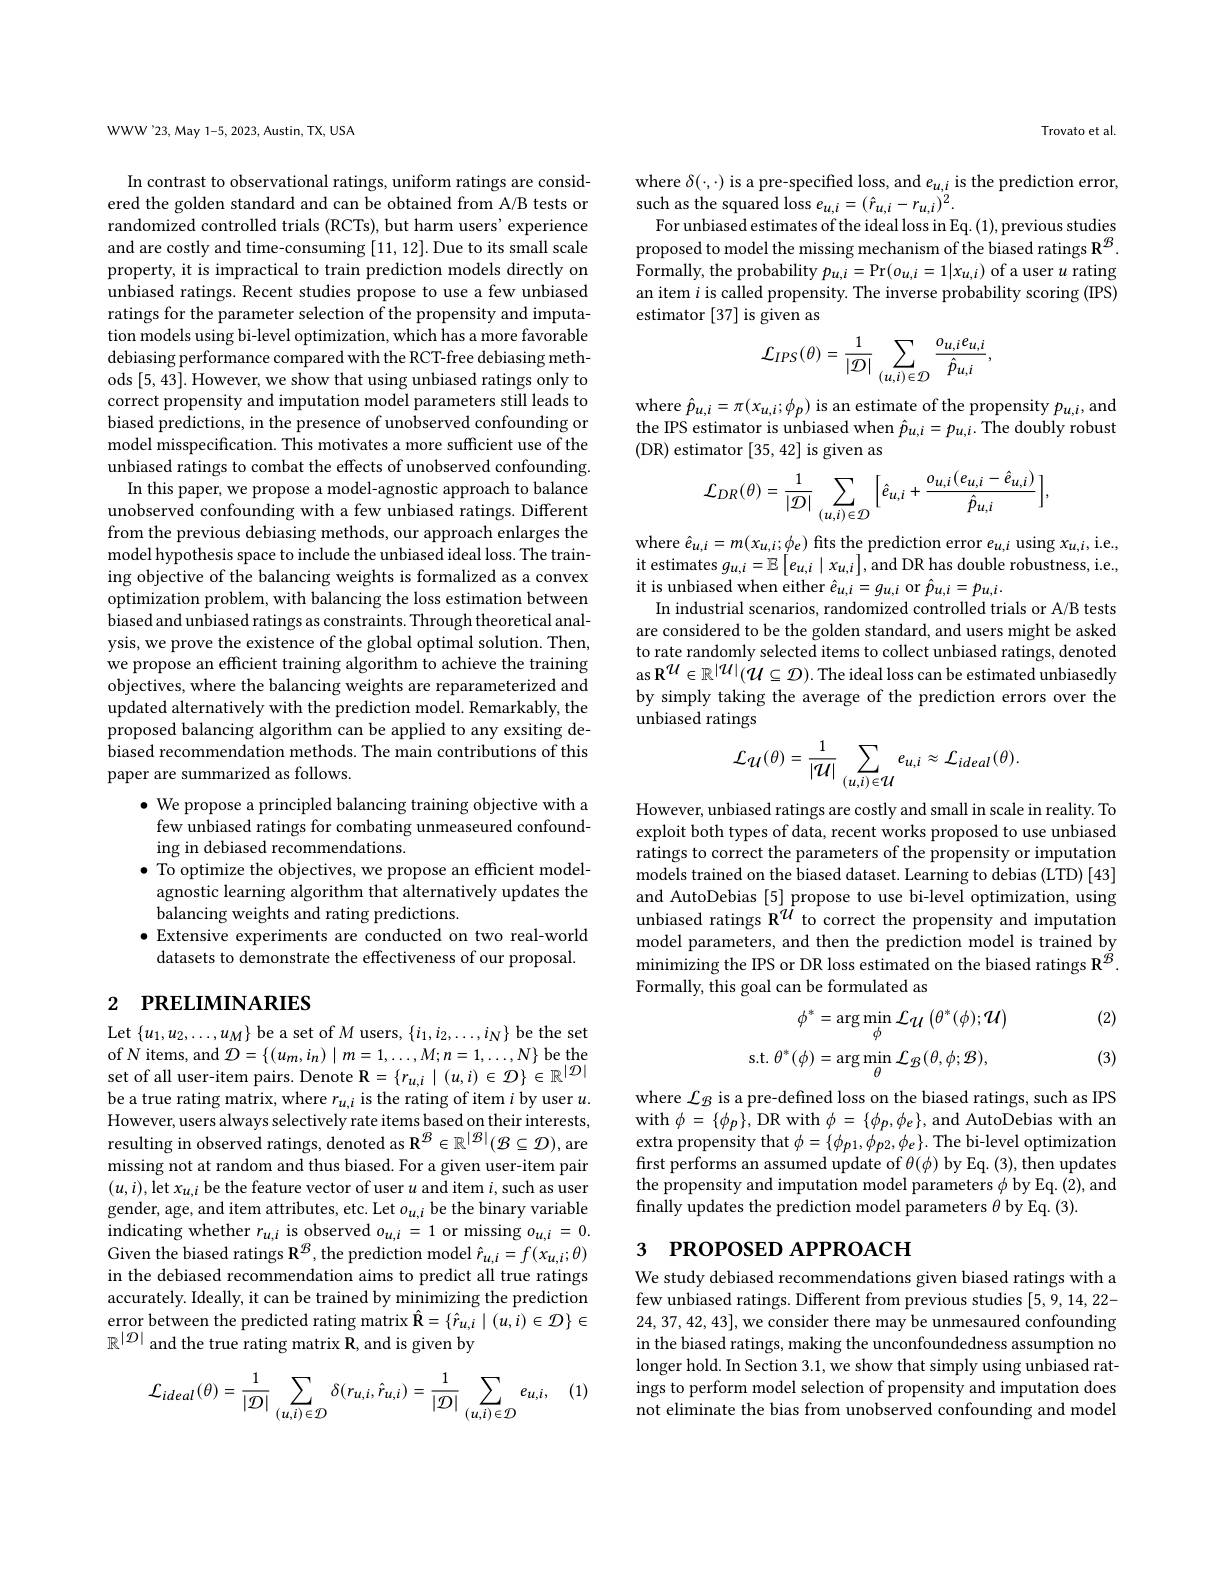
WWW'23, May 1-5, 2023, Austin, TX, USA

In contrast to observational ratings, uniform ratings are considered the golden standard and can be obtained from A/B tests or randomized controlled trials (RCTs), but harm users' experience and are costly and time-consuming [11,12]. Due to its small scale property, it is impractical to train prediction models directly on unbiased ratings. Recent studies propose to use a few unbiased ratings for the parameter selection of the propensity and imputation models using bi-level optimization, which has a more favorable debiasing performance compared with the RCT-free debiasing methods [5,43]. However, we show that using unbiased ratings only to correct propensity and imputation model parameters still leads to biased predictions, in the presence of unobserved confounding or model misspecification. This motivates a more sufficient use of the unbiased ratings to combat the effects of unobserved confounding.
In this paper, we propose a model-agnostic approach to balance unobserved confounding with a few unbiased ratings. Different from the previous debiasing methods, our approach enlarges the model hypothesis space to include the unbiased ideal loss. The training objective of the balancing weights is formalized as a convex optimization problem, with balancing the loss estimation between biased and unbiased ratings as constraints. Through theoretical analysis, we prove the existence of the global optimal solution. Then, we propose an efficient training algorithm to achieve the training objectives, where the balancing weights are reparameterized and updated alternatively with the prediction model. Remarkably, the proposed balancing algorithm can be applied to any exsiting debiased recommendation methods. The main contributions of this paper are summarized as follows.
$\bullet$ We propose a principled balancing training objective with a few unbiased ratings for combating unmeaseured confounding in debiased recommendations.
$\bullet$ To optimize the objectives, we propose an efficient modelagnostic learning algorithm that alternatively updates the balancing weights and rating predictions.
$\bullet$ Extensive experiments are conducted on two real-world datasets to demonstrate the effectiveness of our proposal.

# 2 РRELIMINARIES

Let $\{u_1,u_2,\ldots,u_M\}$ be a set of $M$ users, $\{i_1,i_2,\ldots,i_N\}$ be the set of N items, and $\mathcal{D} = \{ ( u_{m}, i_{n}) \mid m= 1, \ldots , M; n= 1, \ldots , N\}$ be the set of all user-item pairs. Denote R$=\{r_{u,i}\mid(u,i)\in\mathcal{D}\}\in\mathbb{R}^{|\mathcal{D}|}$ be a true rating matrix, where $r_u,i$ is the rating of item $i$ by user $u.$ However, users always selectively rate items based on their interests, resulting in observed ratings, denoted as $\mathbb{R}^{\mathcal{B}}\in\mathbb{R}^{|\mathcal{B}|}(\mathcal{B}\subseteq\mathcal{D})$, are missing not at random and thus biased. For a given user-item pair $(u,i)$,let $x_u,i$ be the feature vector of user $u$ and item $i$, such as user gender, age, and item attributes, etc. Let $o_u,i$ be the binary variable indicating whether $r_{u,i}$ is observed $o_{u,i}=1$ or missing $o_{u,i}=0.$ Given the biased ratings $\mathbf{R}^{\mathcal{B}}$, the prediction model $\hat{r}_u,i=f(x_{u,i};\theta)$ in the debiased recommendation aims to predict all true ratings accurately. Ideally, it can be trained by minimizing the prediction error between the predicted rating matrix $\hat{\mathbf{R}}=\{\hat{r}_{u,i}\mid(u,i)\in\mathcal{D}\}\in$ $\mathbb{R}^{|\mathcal{D}|}$ and the true rating matrix R, and is given by

(1)
$$\mathcal{L}_{ideal}(\theta)=\frac{1}{|\mathcal{D}|}\sum_{(u,i)\in\mathcal{D}}\delta(r_{u,i},\hat{r}_{u,i})=\frac{1}{|\mathcal{D}|}\sum_{(u,i)\in\mathcal{D}}e_{u,i},$$
Trovato et al.

where $\delta(\cdot,\cdot)$ is a pre-specified loss, and $e_u,i$ is the prediction error,
such as the squared loss $e_u,i=(\hat{r}_{u,i}-r_{u,i})^2.$
For unbiased estimates of the ideal loss in Eq. (1), previous studies proposed to model the missing mechanism of the biased ratings $\mathbf{R}^{\mathcal{B}}.$ Formally, the probability $p_u,i=\Pr(o_{u,i}=1|x_{u,i})$ of a user $u$ rating an item $i$ is called propensity. The inverse probability scoring (IPS) estimator [37] is given as
$${\mathcal L}_{IPS}(\theta)=\frac{1}{|{\mathcal D}|}\sum_{(u,i)\in{\mathcal D}}\frac{o_{u,i}e_{u,i}}{\hat{p}_{u,i}},$$
where $\hat{p}_{u,i}=\pi(x_{u,i};\phi_{p})$ is an estimate of the propensity $p_{u,i}$,and the IPS estimator is unbiased when $\hat{p}_{u,i}=p_{u,i}.$ The doubly robust ( DR) estimator [ 35, 42] is given as
$$\mathcal{L}_{DR}(\theta)=\frac{1}{|\mathcal{D}|}\sum_{(u,i)\in\mathcal{D}}\Big[\hat{e}_{u,i}+\frac{o_{u,i}(e_{u,i}-\hat{e}_{u,i})}{\hat{p}_{u,i}}\Big],$$
where $\hat{e}_{u,i}=m(x_{u,i};\phi_{e})$ fits the prediction error $e_u,i$ using $x_{u,i}$,i.e., it estimates $g_{u,i}=\mathbb{E}\left[e_{u,i}\mid x_{u,i}\right]$, and DR has double robustness, i.e. it is unbiased when either $\hat{e}_{u,i}=g_{u,i}$ or $\hat{p}_{u,i}=p_{u,i}.$
In industrial scenarios, randomized controlled trials or A/B tests are considered to be the golden standard, and users might be asked to rate randomly selected items to collect unbiased ratings, denoted as R$^{\mathcal{U}}\in\mathbb{R}^{|\mathcal{U}|}(\dot{\mathcal{U}}\subseteq\mathcal{D}).$ The ideal loss can be estimated unbiasedly by simply taking the average of the prediction errors over the unbiased ratings
$$\mathcal{L}_{\mathcal{U}}(\theta)=\frac{1}{|\mathcal{U}|}\sum_{(u,i)\in\mathcal{U}}e_{u,i}\approx\mathcal{L}_{ideal}(\theta).$$
However, unbiased ratings are costly and small in scale in reality. To exploit both types of data, recent works proposed to use unbiased ratings to correct the parameters of the propensity or imputation models trained on the biased dataset. Learning to debias (LTD) [43] and AutoDebias [5] propose to use bi-level optimization, using unbiased ratings R$^{\mathcal{U}}$ to correct the propensity and imputation model parameters, and then the prediction model is trained by ${\mathrm{minimizing~the~IPS~or~DR~loss~estimated~on~the~biased~ratings~R}^{\acute{g}}}.$ Formally, this goal can be formulated as

(2)
$$\phi^{*}=\arg\min_{\phi}\mathcal{L}_{\mathcal{U}}\left(\theta^{*}(\phi);\mathcal{U}\right)\\\mathrm{s.t.}\:\theta^{*}(\phi)=\arg\min_{\theta}\mathcal{L}_{\mathcal{B}}(\theta,\phi;\mathcal{B}),$$
(3)

where $\mathcal{L}_{\mathcal B}$ is a pre-defined loss on the biased ratings, such as IPS with $\phi=\{\phi_{p}\}$, DR with $\phi=\{\phi_{p},\phi_{e}\}$, and AutoDebias with an extra propensity that $\phi=\{\phi_{p1},\phi_{p2},\phi_{e}\}.$ The bi-level optimization first performs an assumed update of $\theta(\phi)$ by Eq. (3), then updates the propensity and imputation model parameters $\phi$ by Eq.(2), and finally updates the prediction model parameters $\theta$ by Eq.(3).

# 3 PROPOSED APPROACH

We study debiased recommendations given biased ratings with a few unbiased ratings. Different from previous studies [5,9,14,22-1] 24,37,42,43], we consider there may be unmesaured confounding in the biased ratings, making the unconfoundedness assumption no longer hold. In Section 3.1, we show that simply using unbiased ratings to perform model selection of propensity and imputation does not eliminate the bias from unobserved confounding and model